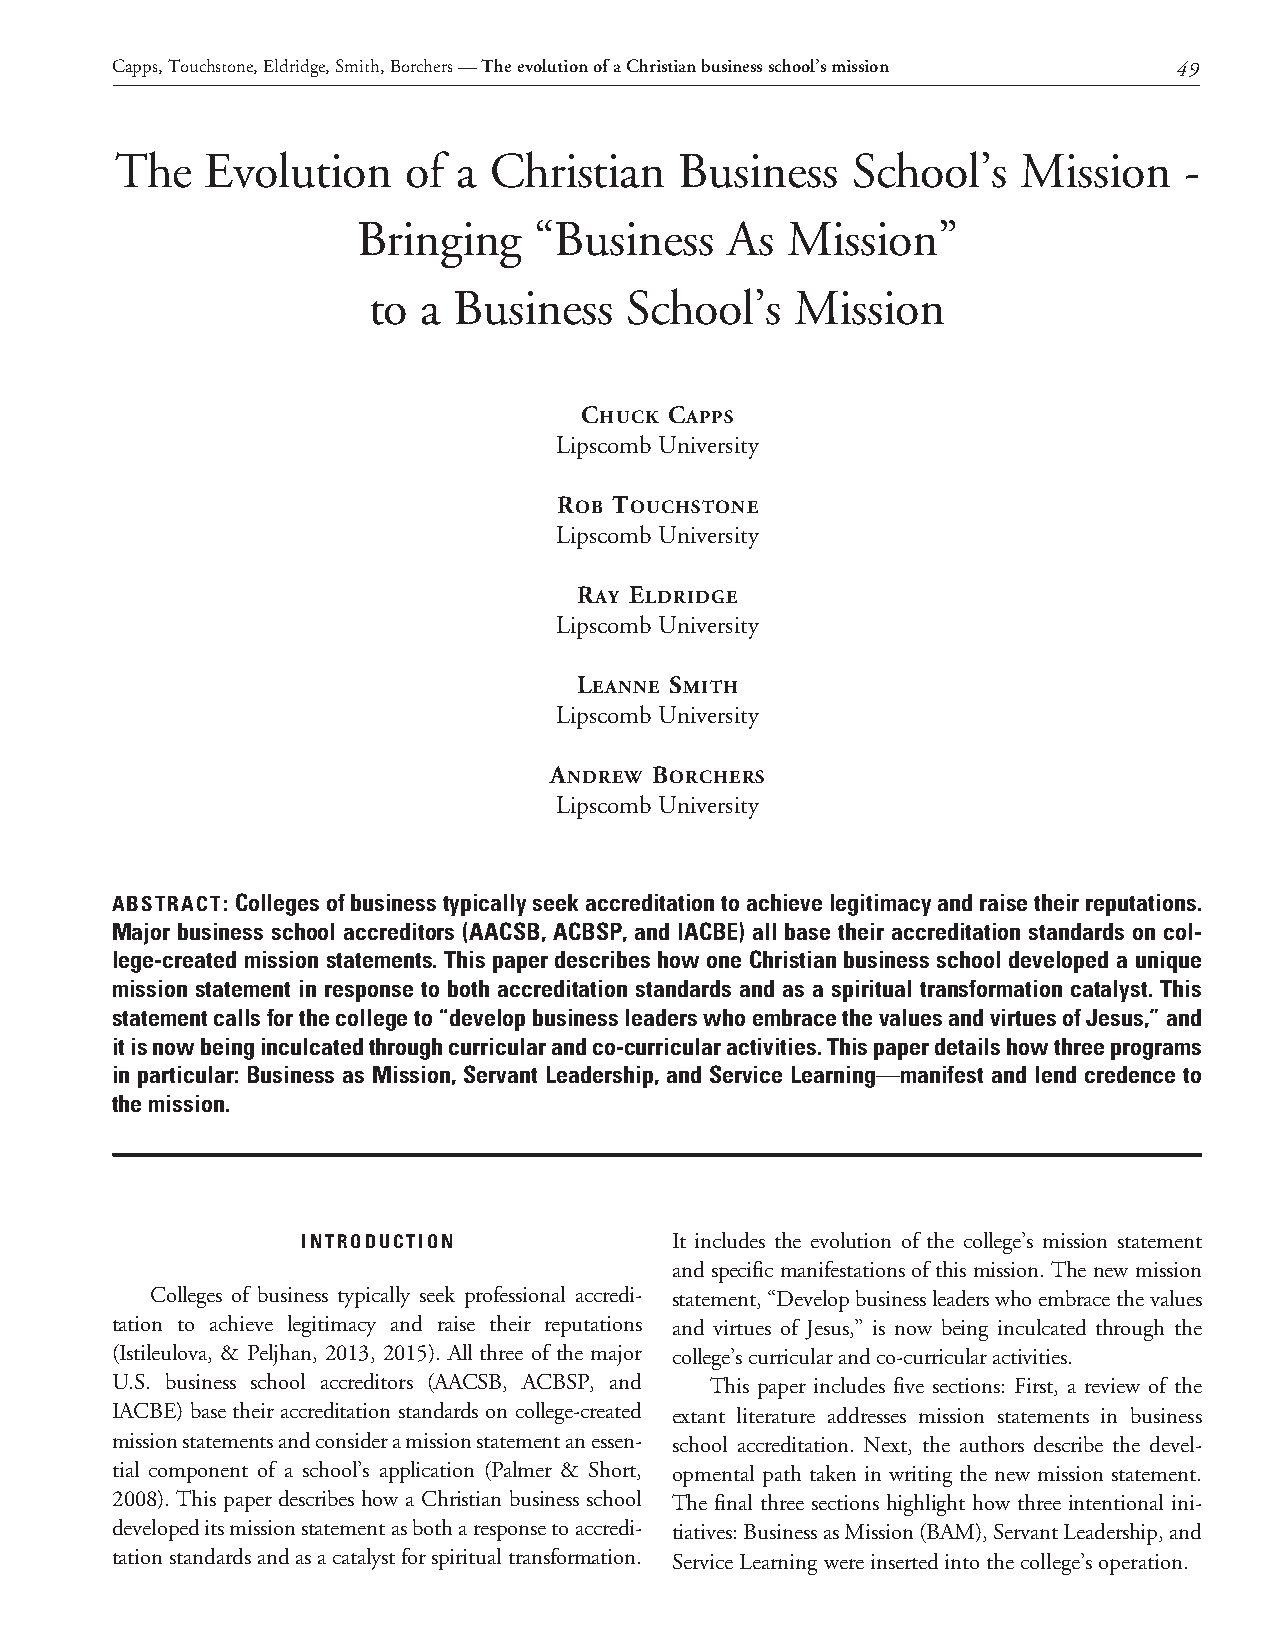
Capps, Touchstone, Eldridge, Smith, Borchers — The evolution of a Christian business school’s mission 49
 The   Evolution    of a Christian    Business   School’s    Mission   -
 Bringing   “Business    As  Mission”
 to  a Business   School’s    Mission
 chuck caPPS
 Lipscomb University
 roB touchStonE
 Lipscomb University
 ray ElDriDGE
 Lipscomb University
 lEannE Smith
 Lipscomb University
 anDrEw BorchErS
 Lipscomb University
 ABSTRACT: Colleges of business typically seek accreditation to achieve legitimacy and raise their reputations.
 Major business school accreditors (AACSB, ACBSP, and IACBE) all base their accreditation standards on col-
 lege-created mission statements. This paper describes how one Christian business school developed a unique
 mission statement in response to both accreditation standards and as a spiritual transformation catalyst. This
 statement calls for the college to “develop business leaders who embrace the values and virtues of Jesus,” and
 it is now being inculcated through curricular and co-curricular activities. This paper details how three programs
 in particular: Business as Mission, Servant Leadership, and Service Learning—manifest and lend credence to
 the mission.
 INTRODUCTION             It includes the evolution of the college’s mission statement
 and specific manifestations of this mission. The new mission
 Colleges of business typically seek professional accredi- statement, “Develop business leaders who embrace the values
 tation to achieve legitimacy and raise their reputations and virtues of Jesus,” is now being inculcated through the
 (Istileulova, & Peljhan, 2013, 2015). All three of the major college’s curricular and co-curricular activities.
 U.S. business school accreditors (AACSB, ACBSP, and This paper includes five sections: First, a review of the
 IACBE) base their accreditation standards on college-created extant literature addresses mission statements in business
 mission statements and consider a mission statement an essen- school accreditation. Next, the authors describe the devel-
 tial component of a school’s application (Palmer & Short, opmental path taken in writing the new mission statement.
 2008). This paper describes how a Christian business school The final three sections highlight how three intentional ini-
 developed its mission statement as both a response to accredi- tiatives: Business as Mission (BAM), Servant Leadership, and
 tation standards and as a catalyst for spiritual transformation. Service Learning were inserted into the college’s operation.